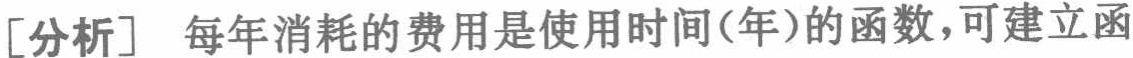
[分析] 每年消耗的费用是使用时间(年)的函数，可建立函